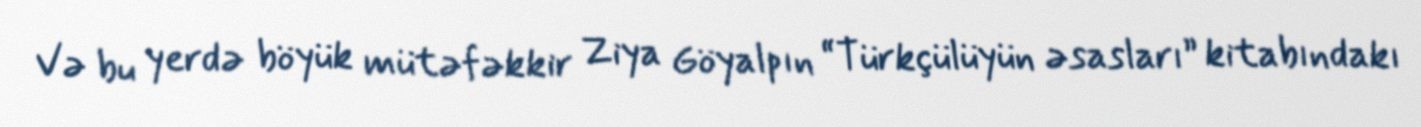
Və bu yerdə böyük mütəfəkkir Ziya Göyalpın “Türkçülüyün əsasları” kitabındakı